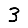
Digit: 3